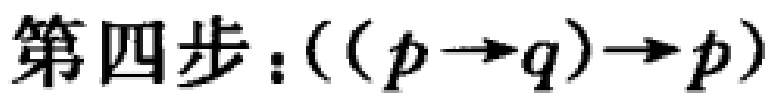
第四步：\(((p\rightarrow q)\rightarrow p)\)